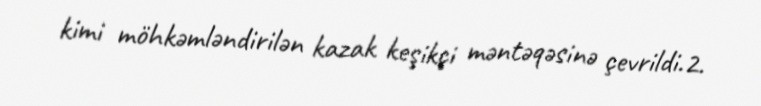
kimi möhkəmləndirilən kazak keşikçi məntəqəsinə çevrildi.2.